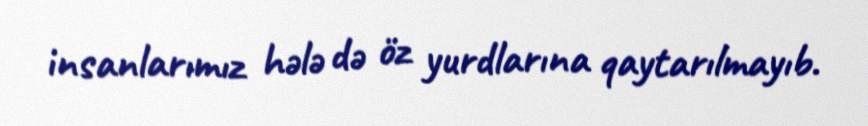
insanlarımız hələ də öz yurdlarına qaytarılmayıb.